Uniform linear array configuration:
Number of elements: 64
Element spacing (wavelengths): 0.25
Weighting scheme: hamming
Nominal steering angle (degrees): -45
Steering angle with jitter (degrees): -45.906
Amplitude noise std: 0.05
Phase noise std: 0.05

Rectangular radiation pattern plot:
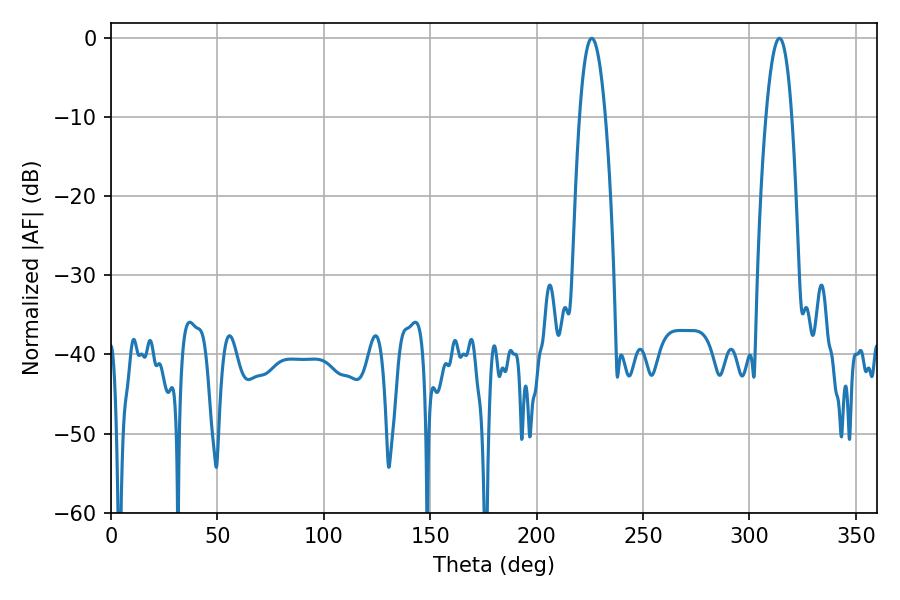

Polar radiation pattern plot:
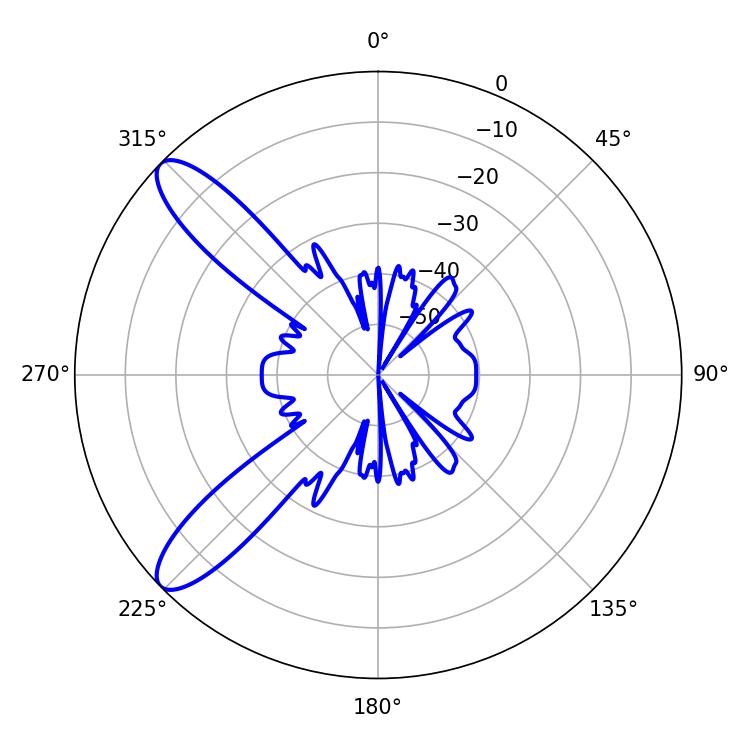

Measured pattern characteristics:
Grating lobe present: FALSE
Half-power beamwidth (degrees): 6.66
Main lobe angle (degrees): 225.9